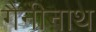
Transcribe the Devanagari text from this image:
गैनीनाथ